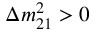
\Delta m _ { 2 1 } ^ { 2 } > 0